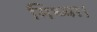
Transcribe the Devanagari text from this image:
मिथ्या।